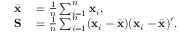
\begin{array} { r l } { { \bar { \mathbf { x } } } } & { { } = { \frac { 1 } { n } } \sum _ { i = 1 } ^ { n } \mathbf { x } _ { i } , } \\ { \mathbf { S } } & { { } = { \frac { 1 } { n } } \sum _ { i = 1 } ^ { n } ( \mathbf { x } _ { i } - { \bar { \mathbf { x } } } ) ( \mathbf { x } _ { i } - { \bar { \mathbf { x } } } ) ^ { \prime } . } \end{array}